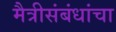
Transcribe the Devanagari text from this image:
मैत्रीसंबंधांचा